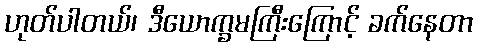
ဟုတ်ပါတယ်၊ ဒီယောက္ခမကြီးကြောင့် ခက်နေတာ